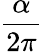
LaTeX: \frac{\alpha}{2\pi}